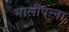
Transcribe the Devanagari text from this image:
मालीपन्‍ना